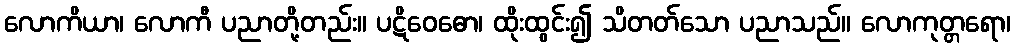
လောကိယာ၊ လောကီ ပညာတို့တည်း။ ပဋိဝေဓော၊ ထိုးထွင်း၍ သိတတ်သော ပညာသည်။ လောကုတ္တရော၊